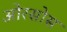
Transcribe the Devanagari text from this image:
ओरसोस